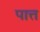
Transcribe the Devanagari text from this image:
पात्त